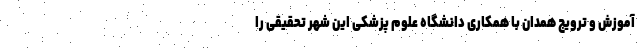
آموزش و ترویج همدان با همکاری دانشگاه علوم پزشکی این شهر تحقیقی را